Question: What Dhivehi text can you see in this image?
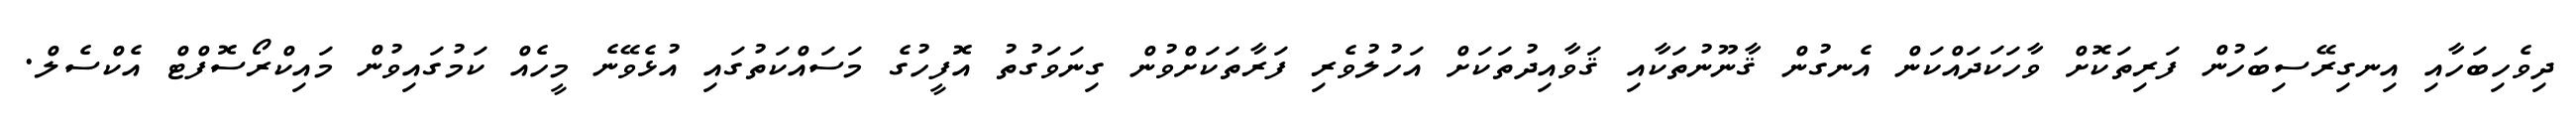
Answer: ދިވެހިބަހާއި އިނގިރޭސިބަހުން ފަރިތަކޮށް ވާހަކަދައްކަން އެނގުން ޤާނޫނުތަކާއި ޤަވާއިދުތަކަށް އަހުލުވެރި ފަރާތަކަށްވުން ގިނަވަގުތު އޮފީހުގެ މަސައްކަތުގައި އުޅެވޭނެ މީހެއް ކަމުގައިވުން މައިކްރޯސޮފްޓް އެކްސެލް.